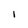
Character: I